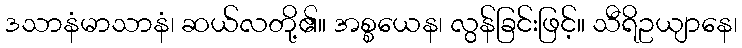
ဒသာနံမာသာနံ၊ ဆယ်လတို့၏။ အစ္စယေန၊ လွန်ခြင်းဖြင့်။ သီရိဥယျာနေ၊